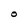
Character: O